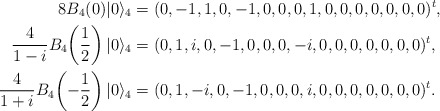
\begin{align*}8B_4(0)|0\rangle_4&=(0, -1, 1, 0, -1, 0, 0, 0, 1, 0, 0, 0, 0, 0, 0, 0)^t,\\\frac{4}{1-i}B_4\!\left(\frac{1}{2}\right)|0\rangle_4&=(0, 1, i, 0, -1, 0, 0, 0, -i, 0, 0, 0, 0, 0, 0, 0)^t,\\\frac{4}{1+i}B_4\!\left(-\frac{1}{2}\right)|0\rangle_4&=(0, 1, -i, 0, -1, 0, 0, 0, i, 0, 0, 0, 0, 0, 0, 0)^t.\end{align*}